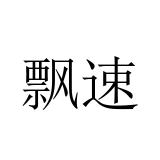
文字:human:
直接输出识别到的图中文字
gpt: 飘速